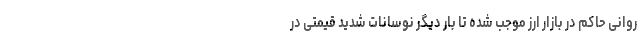
روانی حاکم در بازار ارز موجب شده تا بار دیگر نوسانات شدید قیمتی در